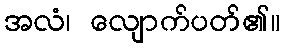
အလံ၊ လျောက်ပတ်၏။